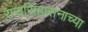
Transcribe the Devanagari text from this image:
राजसिंहासनाच्या